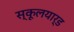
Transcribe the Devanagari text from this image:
स्कूलयार्ड